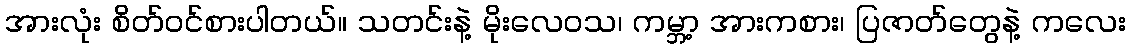
အားလုံး စိတ်ဝင်စားပါတယ်။ သတင်းနဲ့ မိုးလေဝသ၊ ကမ္ဘာ့ အားကစား၊ ပြဇာတ်တွေနဲ့ ကလေး